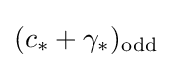
(c_{*}+\gamma _{*})_{\rm {odd}}